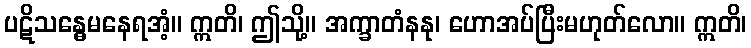
ပဋိသန္ဓေမနေရအံ့။ ဣတိ၊ ဤသို့။ အက္ခာတံနနု၊ ဟောအပ်ပြီးမဟုတ်လော။ ဣတိ၊